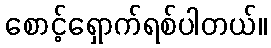
စောင့်ရှောက်ရစ်ပါတယ်။